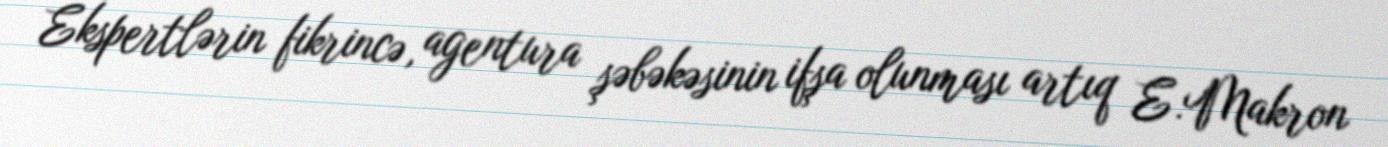
Ekspertlərin fikrincə, agentura şəbəkəsinin ifşa olunması artıq E.Makron